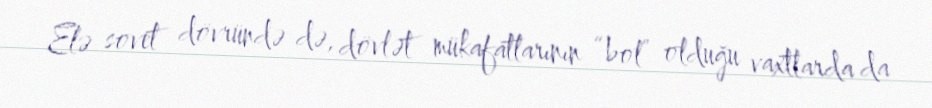
Elə sovet dövründə də, dövlət mükafatlarının “bol” olduğu vaxtlarda da